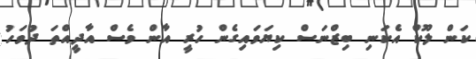
ކަން ލޫކް އެކަނި ބިޒްނަސް ކިޔަވައިގެން ހުރީ އާން ވެސް އާދީއްތަ ދުވަހު